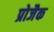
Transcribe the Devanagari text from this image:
प्रोजैक